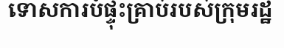
ទោសការបំផ្ទុះគ្រាប់របស់ក្រុមរដ្ឋ